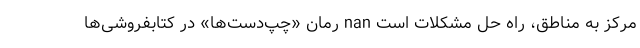
مرکز به مناطق، راه حل مشکلات است nan رمان «چپ‌دست‌ها» در کتابفروشی‌ها